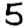
Digit: 5